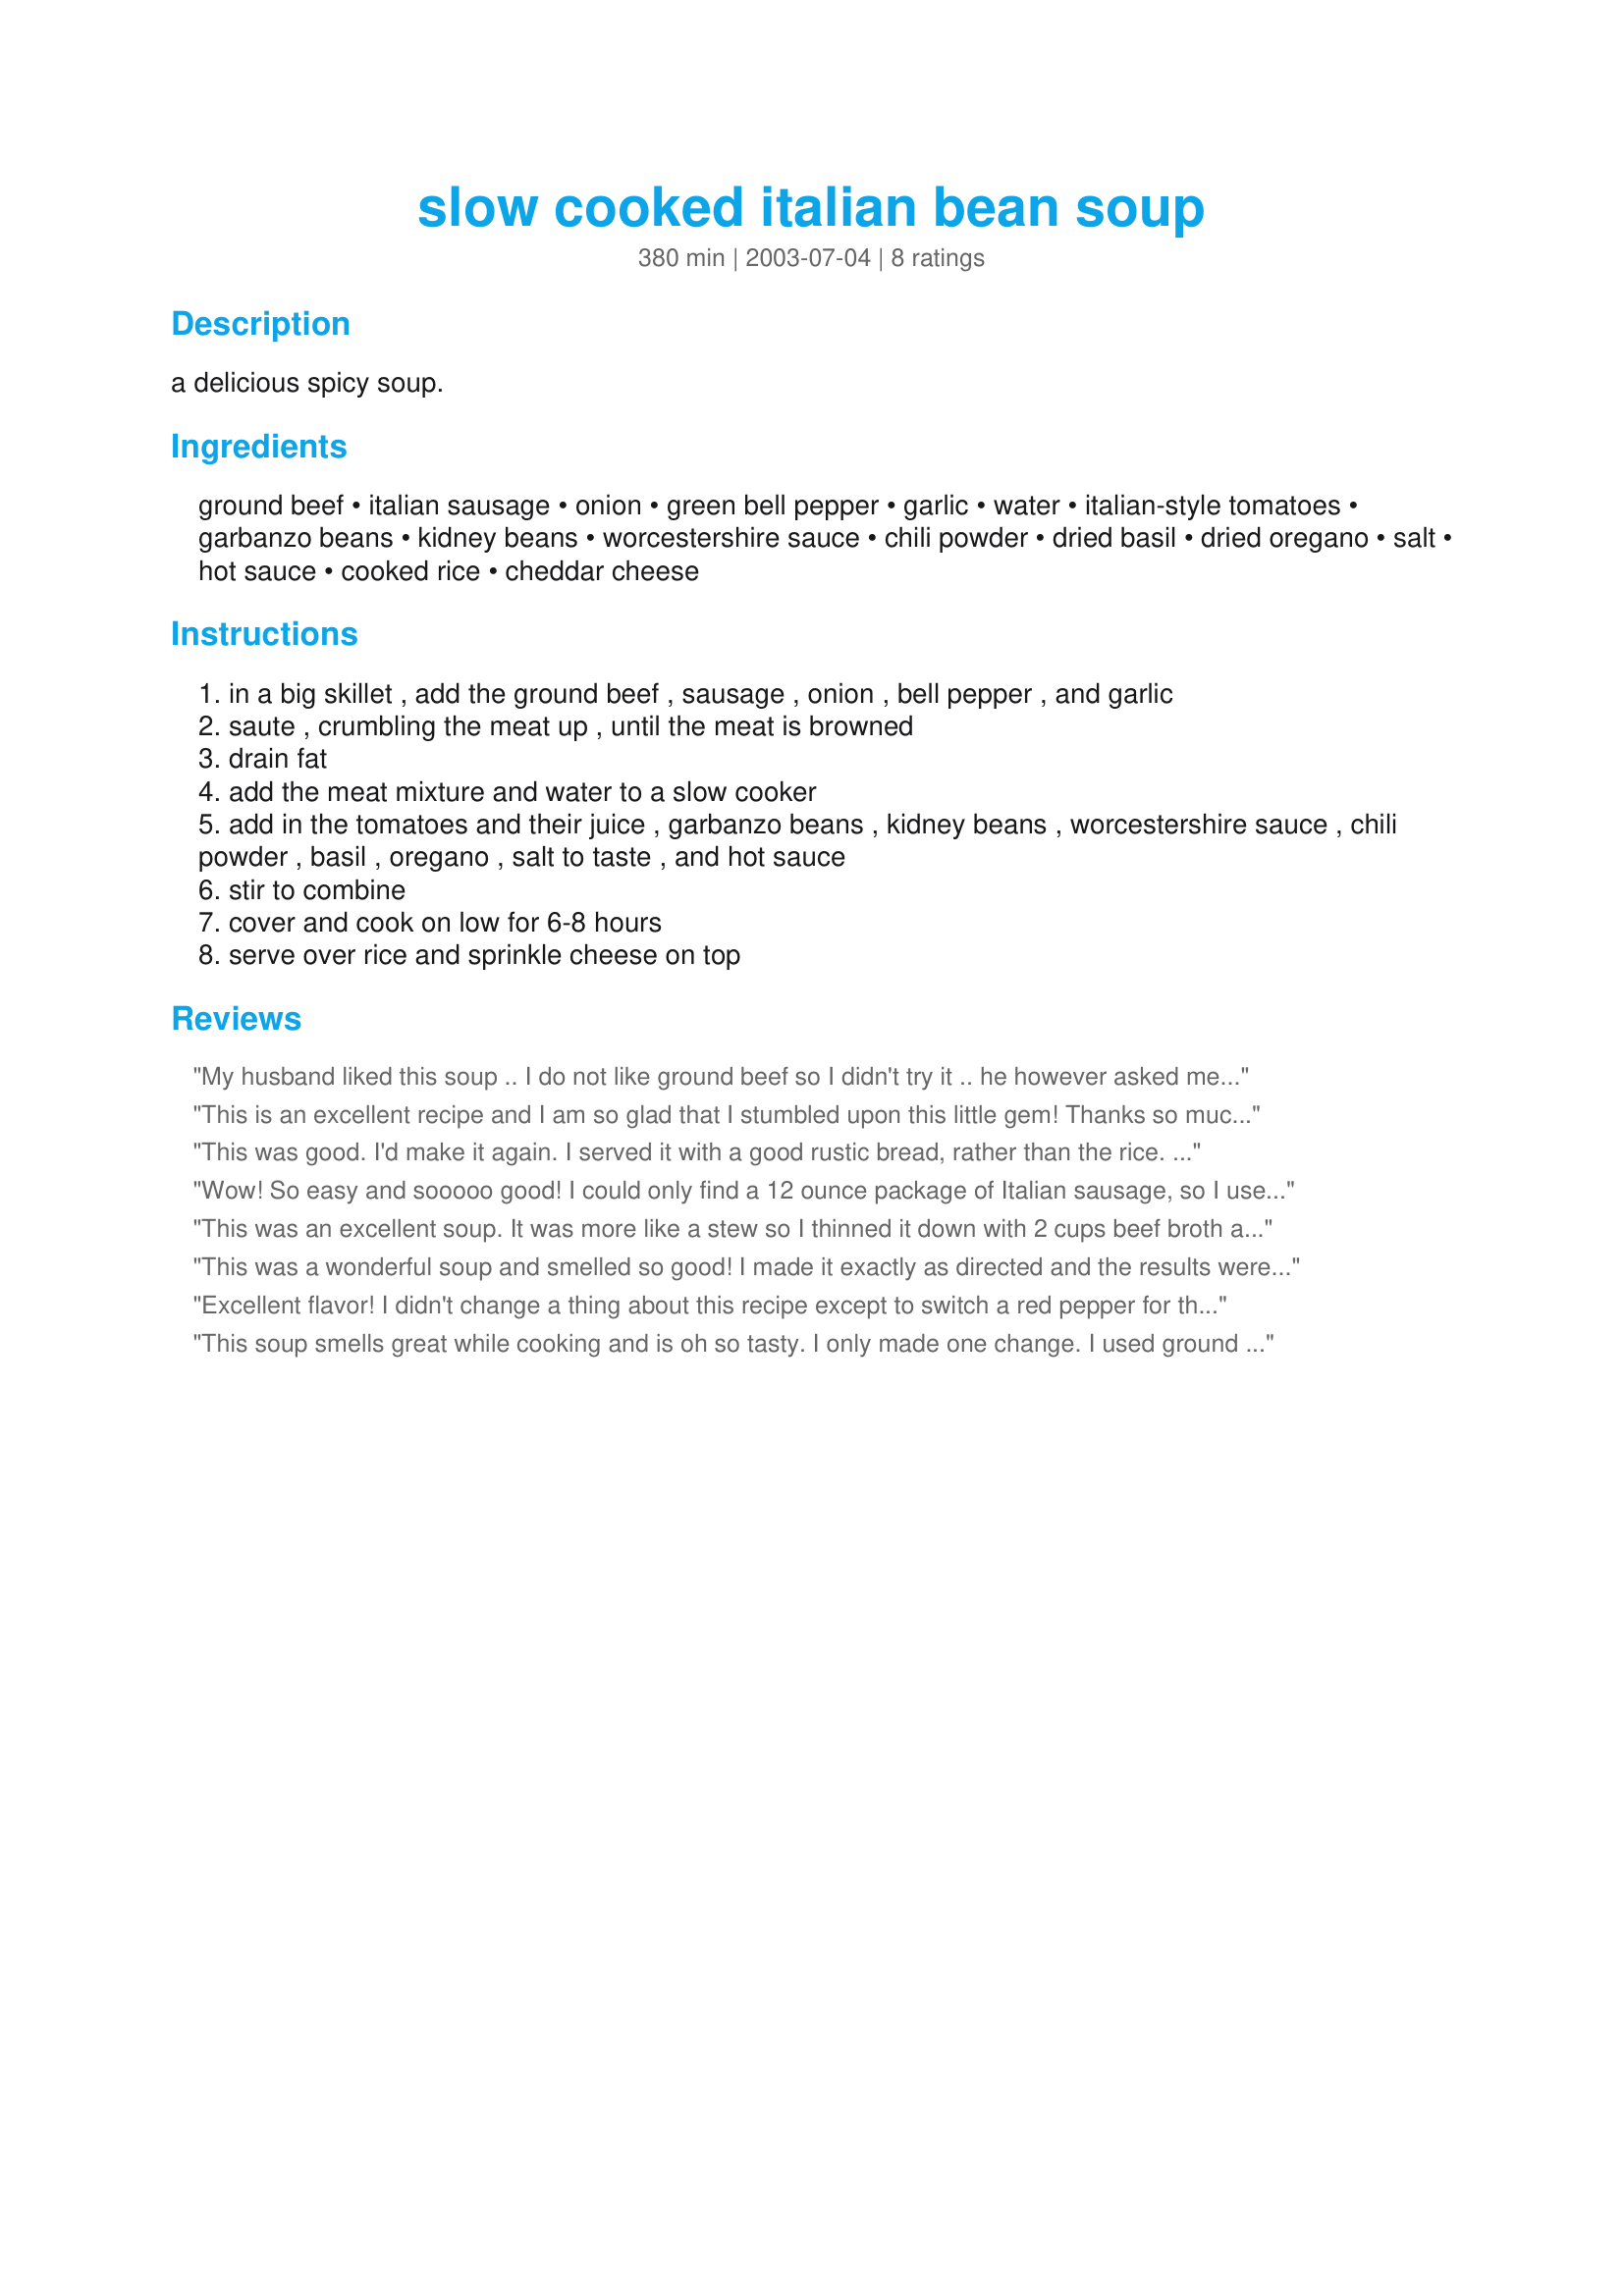
slow cooked italian bean soup
Preparation time: 380 minutes

a delicious spicy soup.

Ingredients:
ground beef, italian sausage, onion, green bell pepper, garlic, water, italian-style tomatoes, garbanzo beans, kidney beans, worcestershire sauce, chili powder, dried basil, dried oregano, salt, hot sauce, cooked rice, cheddar cheese

Steps:
in a big skillet , add the ground beef , sausage , onion , bell pepper , and garlic
saute , crumbling the meat up , until the meat is browned
drain fat
add the meat mixture and water to a slow cooker
add in the tomatoes and their juice , garbanzo beans , kidney beans , worcestershire sauce , chili powder , basil , oregano , salt to taste , and hot sauce
stir to combine
cover and cook on low for 6-8 hours
serve over rice and sprinkle cheese on top

Reviews:
My husband liked this soup .. I do not like ground beef so I didn't try it .. he however asked me to make it again .. It is extremely thick, and I got 10 servings out of it .. I also rinsed the beef (cooked by itself) to get rid of most of the fat .. thanks!
This is an excellent recipe and I am so glad that I stumbled upon this little gem! Thanks so much. This makes excellent leftovers!! I traded out the garbanzo for great northerns... and changed out the water for vegetable stock. Just fabulous!! Thanks :)
This was good. I'd make it again. I served it with a good rustic bread, rather than the rice. It's a keeper.
Wow! So easy and sooooo good! I could only find a 12 ounce package of Italian sausage, so I used it all, and it turned out fine. I served it with some fresh Italian bread instead of rice. Excellent flavor and so easy to put together and let it cook all day while we were working on winterizing things outside. It tasted great on the cool night we had yesterday. I got the approval to make this "anytime I want to." Thanks for another great recipe!
This was an excellent soup. It was more like a stew so I thinned it down with 2 cups beef broth and 1/2 cup dry white wine. I didn't use any rice because we wanted a 'soupy' soup and I added parmesen cheese instead of cheddar. It really was delicious.
This was a wonderful soup and smelled so good! I made it exactly as directed and the results were fantastic! DD & I ate ours over rice and I served rolls on the side. Will definitely be making this one a regular! Thanks NurseDi!
Excellent flavor! I didn't change a thing about this recipe except to switch a red pepper for the green one (Mark won't eat green peppers, the red one he won't notice!). This makes a very thick soup - almost like a chili stew. If you want it more souplike, you could add tomato juice or V8. This is a keeper as it was so easy to toss in the pot and spend all day outdoors in the garden. Thanks, Nurse Di!!
This soup smells great while cooking and is oh so tasty. I only made one change. I used ground venison for the ground beef, thanks to hubby's hunting skill. The game meat went well with the Italian sausage. I will make it again for a great winter warm-up meal. Thanks, NurseDi for sharing this delight!!
